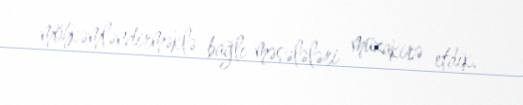
möhkəmləndirməklə bağlı məsələləri müzakirə etdik.